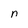
Character: n